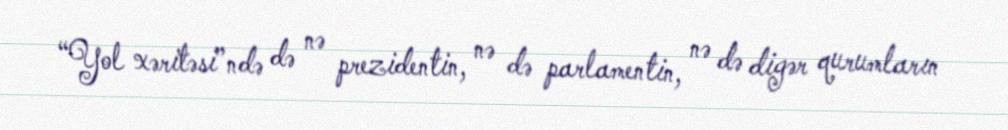
“Yol xəritəsi”ndə də nə prezidentin, nə də parlamentin, nə də digər qurumların